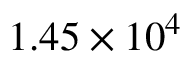
1 . 4 5 \times 1 0 ^ { 4 }